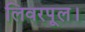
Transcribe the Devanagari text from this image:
लिवरपूल।